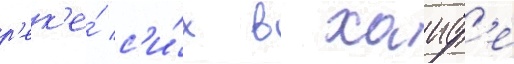
р'ек'е́ с'и́х в хаиф'е